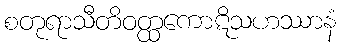
စတုရာသီတိဝတ္ထကောဋိသဟဿာနံ